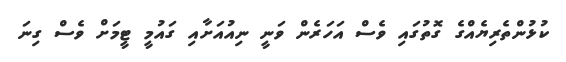
ކުޅުންތެރިޔެއްގެ ގޮތުގައި ވެސް އަހަރެން ވަނީ ނިއުއަށާއި ގައުމީ ޓީމަށް ވެސް ގިނަ